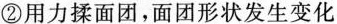
②用力揉面团，面团形状发生变化